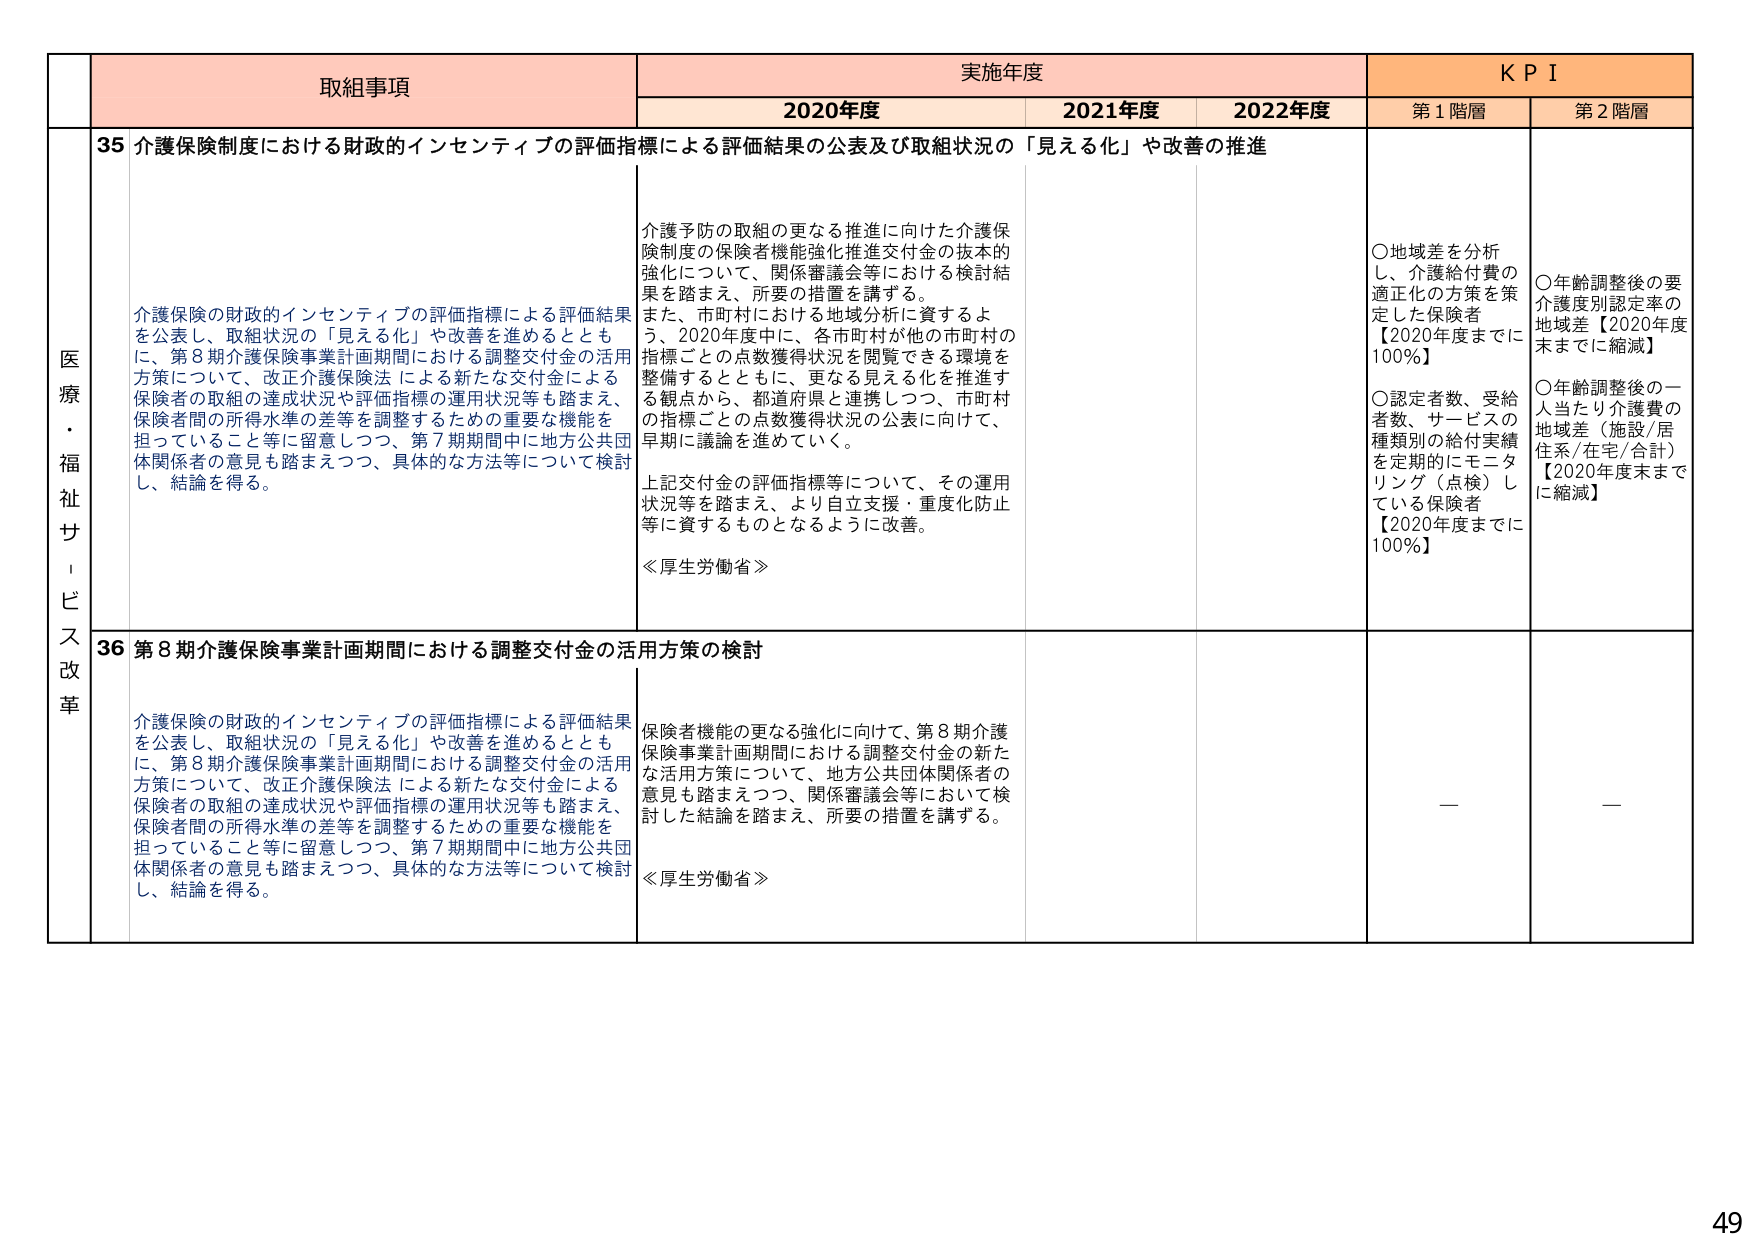
医療・福祉サービス改革

取組事項

実施年度

KPI

2020年度

2021年度

2022年度

第1階層

第2階層

35 介護保険制度における財政的インセンティブの評価指標による評価結果の公表及び取組状況の「見える化」や改善の推進

介護保険の財政的インセンティブの評価指標による評価結果を公表し、取組状況の「見える化」や改善を進めるとともに、第8期介護保険事業計画期間における調整交付金の活用方策について、改正介護保険法による新たな交付金による保険者の取組の達成状況や評価指標の運用状況等も踏まえ、保険者間の所得水準の差等を調整するための重要な機能を担っていること等に留意しつつ、第7期期間中に地方公共団体関係者の意見も踏まえつつ、具体的な方法等について検討し、結論を得る。

介護予防の取組の更なる推進に向けた介護保険制度の保険者機能強化推進交付金の抜本的強化について、関係審議会等における検討結果を踏まえ、所要の措置を講ずる。
また、市町村における地域分析に資するよう、2020年度中に、各市町村が他の市町村の指標ごとの点数獲得状況を閲覧できる環境を整備するとともに、更なる見える化を推進する観点から、都道府県と連携しつつ、市町村の指標ごとの点数獲得状況の公表に向けて、早期に議論を進めていく。
上記交付金の評価指標等について、その運用状況等を踏まえ、より自立支援・重度化防止等に資するものとなるように改善。
≪厚生労働省≫

○地域差を分析し、介護給付費の適正化の方策を策定した保険者【2020年度までに100％】
○認定者数、受給者数、サービスの種類別の給付実績を定期的にモニタリング（点検）している保険者【2020年度までに100％】

○年齢調整後の要介護度別認定率の地域差【2020年度末までに縮減】
○年齢調整後の一人当たり介護費の地域差（施設/居住系/在宅/合計）【2020年度末までに縮減】

36 第8期介護保険事業計画期間における調整交付金の活用方策の検討

介護保険の財政的インセンティブの評価指標による評価結果を公表し、取組状況の「見える化」や改善を進めるとともに、第8期介護保険事業計画期間における調整交付金の活用方策について、改正介護保険法による新たな交付金による保険者の取組の達成状況や評価指標の運用状況等も踏まえ、保険者間の所得水準の差等を調整するための重要な機能を担っていること等に留意しつつ、第7期期間中に地方公共団体関係者の意見も踏まえつつ、具体的な方法等について検討し、結論を得る。

保険者機能の更なる強化に向けて、第8期介護保険事業計画期間における調整交付金の新たな活用方策について、地方公共団体関係者の意見も踏まえつつ、関係審議会等において検討した結論を踏まえ、所要の措置を講ずる。
≪厚生労働省≫

—

—

49